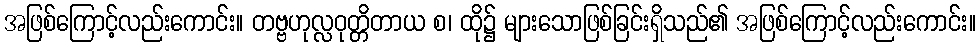
အဖြစ်ကြောင့်လည်းကောင်း။ တဗ္ဗဟုလ္လဝုတ္တိတာယ စ၊ ထို၌ များသောဖြစ်ခြင်းရှိသည်၏ အဖြစ်ကြောင့်လည်းကောင်း။